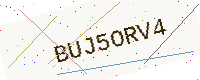
Text: BUJ5ORV4